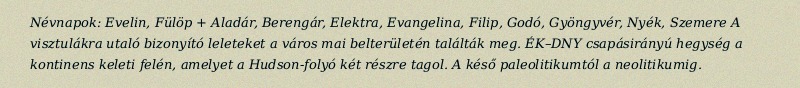
Névnapok: Evelin, Fülöp + Aladár, Berengár, Elektra, Evangelina, Filip, Godó, Gyöngyvér, Nyék, Szemere A visztulákra utaló bizonyító leleteket a város mai belterületén találták meg. ÉK–DNY csapásirányú hegység a kontinens keleti felén, amelyet a Hudson-folyó két részre tagol. A késő paleolitikumtól a neolitikumig.